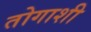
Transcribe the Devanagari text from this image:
तोगाशी